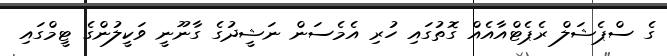
ގެ ސްޕެޝަލް ރެޕެޓްއާއެއް ގޮތުގައި ހުރި އެމެސަން ނަޝީދުގެ ގާނޫނީ ވަކީލުންގެ ޓީމްގައި